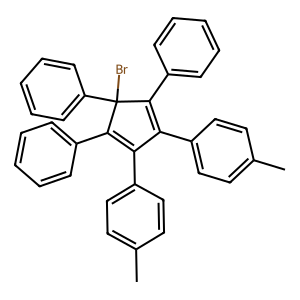
SMILES: Cc1ccc(C2=C(c3ccccc3)C(Br)(c3ccccc3)C(c3ccccc3)=C2c2ccc(C)cc2)cc1
Inhibits HIV replication: No